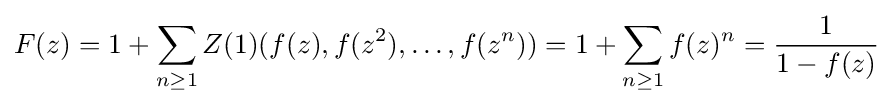
F(z)=1+\sum _{n\geq 1}Z(1)(f(z),f(z^{2}),\ldots ,f(z^{n}))=1+\sum _{n\geq 1}f(z)^{n}={\frac {1}{1-f(z)}}